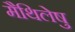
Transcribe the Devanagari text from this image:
मैथिलेषु